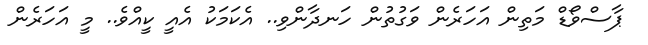
ޕާސްވޯޑް މަތިން އަހަރެން ވަގުތުން ހަނދާންވި.. އެކަމަކު އެއީ ކީއްވެ.. މީ އަހަރެން